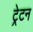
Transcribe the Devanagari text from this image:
ट्रेटन